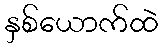
နှစ်ယောက်ထဲ